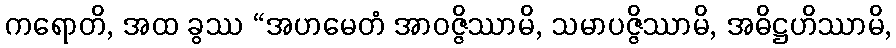
ကရောတိ, အထ ခွဿ “အဟမေတံ အာဝဇ္ဇိဿာမိ, သမာပဇ္ဇိဿာမိ, အဓိဋ္ဌဟိဿာမိ,